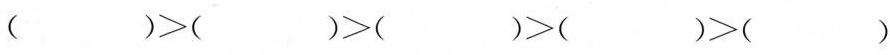
( )>( )>( )>( )>( )